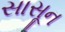
સાસૂન